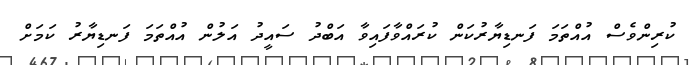
ކުރިންވެސް އުއްތަމަ ފަނޑިޔާރުކަން ކުރައްވާފައިވާ އަބްދު ސައީދު އަލުން އުއްތަމަ ފަނޑިޔާރު ކަމަށް